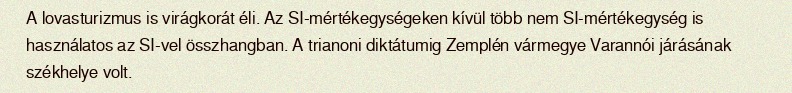
A lovasturizmus is virágkorát éli. Az SI-mértékegységeken kívül több nem SI-mértékegység is használatos az SI-vel összhangban. A trianoni diktátumig Zemplén vármegye Varannói járásának székhelye volt.